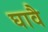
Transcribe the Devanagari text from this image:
घावै